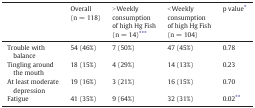
<table><thead><tr><td></td><td><b>Overall (n = 118)</b></td><td><b>&gt; Weekly consumption of high Hg Fish (n = 14)⁎⁎⁎</b></td><td><b>&lt; Weekly consumption of high Hg Fish (n = 104)</b></td><td><b>p value⁎</b></td></tr></thead><tbody><tr><td>Trouble with balance</td><td>54 (46%)</td><td>7 (50%)</td><td>47 (45%)</td><td>0.78</td></tr><tr><td>Tingling around the mouth</td><td>18 (15%)</td><td>4 (29%)</td><td>14 (13%)</td><td>0.23</td></tr><tr><td>At least moderate depression</td><td>19 (16%)</td><td>3 (21%)</td><td>16 (15%)</td><td>0.70</td></tr><tr><td>Fatigue</td><td>41 (35%)</td><td>9 (64%)</td><td>32 (31%)</td><td>0.02⁎⁎</td></tr></tbody></table>